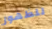
للظهور